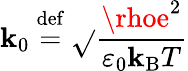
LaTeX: \mathbf{k}_{0}\ {\stackrel{\mathrm{{def}}}{=}}\ {\sqrt{}{{\frac{{\rhoe^{2}}}{{\varepsilon_{0}\mathbf{k}_{\mathrm{{B}}}T}}}}}